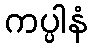
ကပ္ပါနံ